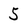
Character: 5